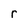
Character: r